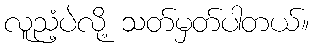
လူညံ့ပဲလို့ သတ်မှတ်ပါတယ်။